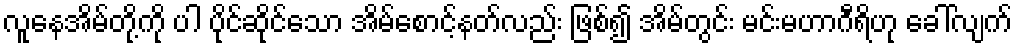
လူနေအိမ်တို့ကို ပါ ပိုင်ဆိုင်သော အိမ်စောင့်နတ်လည်း ဖြစ်၍ အိမ်တွင်း မင်းမဟာဂီရိဟု ခေါ်လျက်